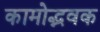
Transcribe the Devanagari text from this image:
कामोद्भवक